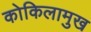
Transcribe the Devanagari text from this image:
कोकिलामुख